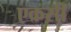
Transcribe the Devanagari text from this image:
एकसी